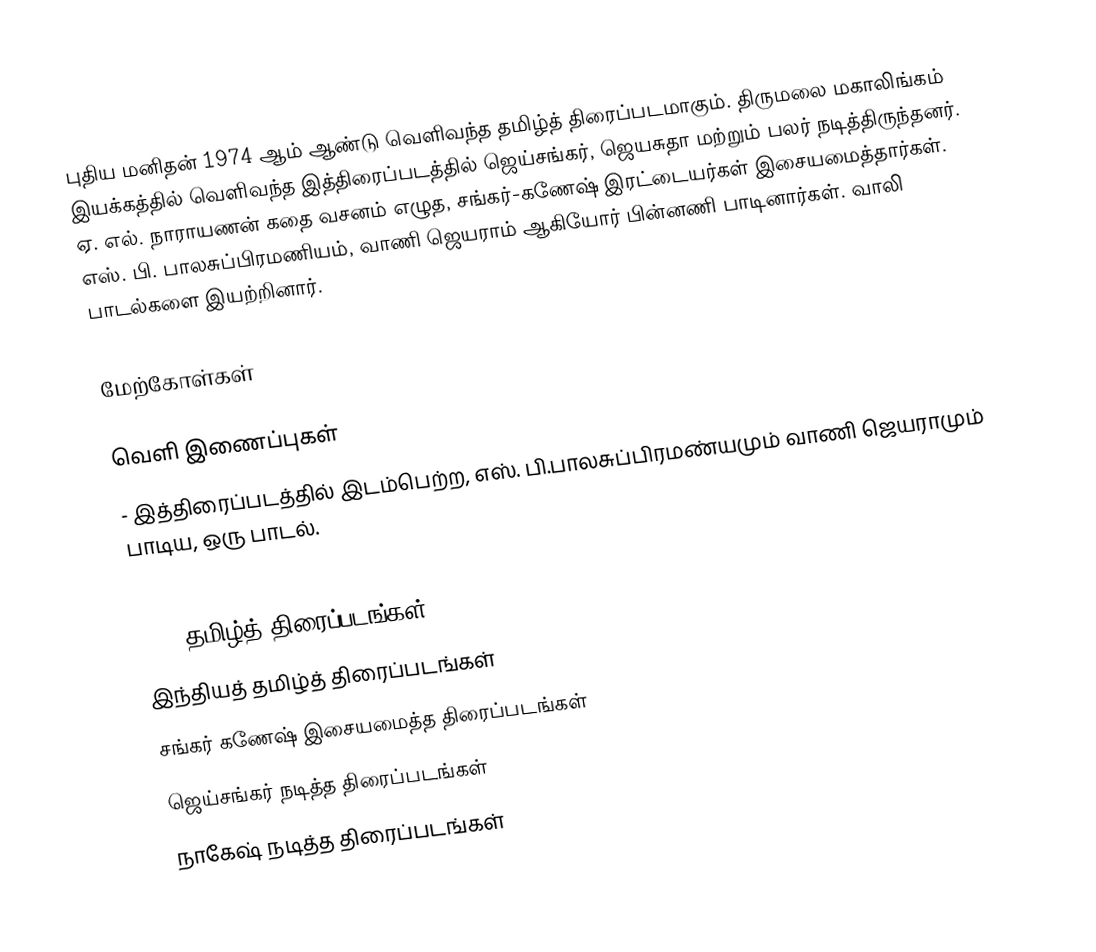
புதிய மனிதன் 1974 ஆம் ஆண்டு வெளிவந்த தமிழ்த் திரைப்படமாகும். திருமலை மகாலிங்கம் இயக்கத்தில் வெளிவந்த இத்திரைப்படத்தில் ஜெய்சங்கர், ஜெயசுதா மற்றும் பலர் நடித்திருந்தனர். ஏ. எல். நாராயணன் கதை வசனம் எழுத, சங்கர்-கணேஷ் இரட்டையர்கள் இசையமைத்தார்கள். எஸ். பி. பாலசுப்பிரமணியம், வாணி ஜெயராம் ஆகியோர் பின்னணி பாடினார்கள். வாலி பாடல்களை இயற்றினார்.

மேற்கோள்கள்

வெளி இணைப்புகள்
 - இத்திரைப்படத்தில் இடம்பெற்ற, எஸ். பி.பாலசுப்பிரமண்யமும் வாணி ஜெயராமும் பாடிய, ஒரு பாடல்.

1974 தமிழ்த் திரைப்படங்கள்
இந்தியத் தமிழ்த் திரைப்படங்கள்
சங்கர் கணேஷ் இசையமைத்த திரைப்படங்கள்
ஜெய்சங்கர் நடித்த திரைப்படங்கள்
நாகேஷ் நடித்த திரைப்படங்கள்